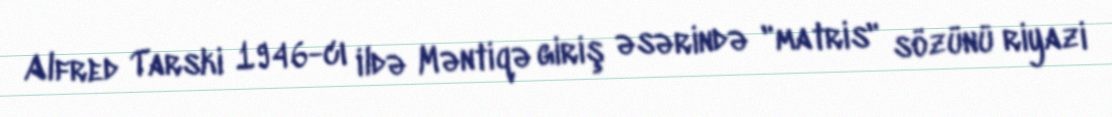
Alfred Tarski 1946-cı ildə Məntiqə giriş əsərində "matris" sözünü riyazi